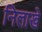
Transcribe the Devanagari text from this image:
निलाखे